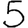
Digit: 5